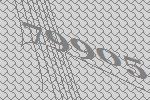
79905